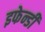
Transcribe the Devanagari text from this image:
इफेन्डी